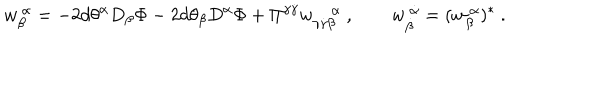
{ w } _ { \beta } ^ { ~ \alpha } = - 2 d \theta ^ { \alpha } D _ { \beta } \Phi - 2 d \theta _ { \beta } D ^ { \alpha } \Phi + \Pi ^ { \gamma \dot { \gamma } } w _ { \gamma \dot { \gamma } \beta } ^ { ~ \alpha } ~ , \qquad w _ { \dot { \beta } } ^ { ~ \dot { \alpha } } = ( w _ { \beta } ^ { ~ \alpha } ) ^ { * } ~ .